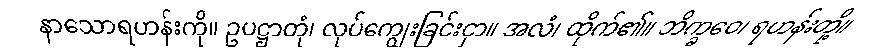
နာသောရဟန်းကို။ ဥပဋ္ဌာတုံ၊ လုပ်ကျွေးခြင်းငှာ။ အလံ၊ ထိုက်၏။ ဘိက္ခဝေ၊ ရဟန်းတို့။